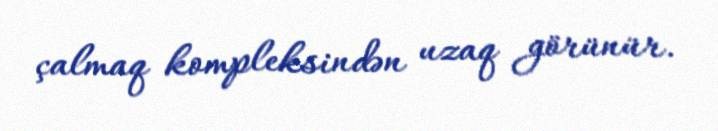
çalmaq kompleksindən uzaq görünür.